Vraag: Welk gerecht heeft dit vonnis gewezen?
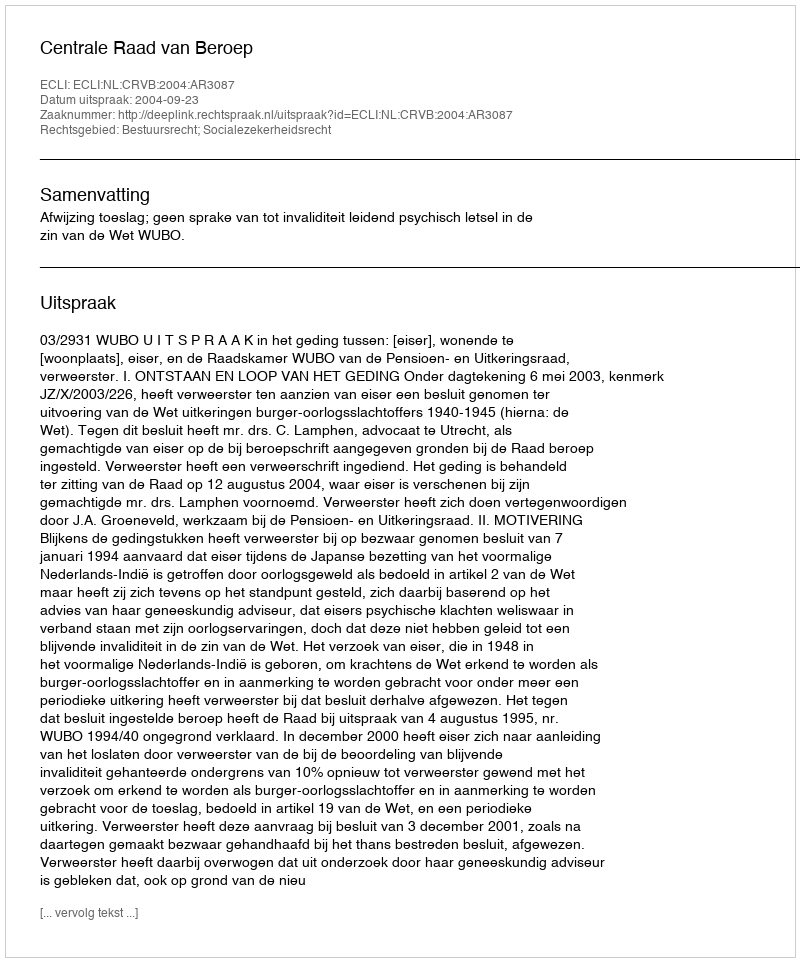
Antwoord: Centrale Raad van Beroep